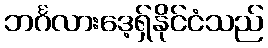
ဘင်္ဂလားဒေ့ရှ်နိုင်ငံသည်